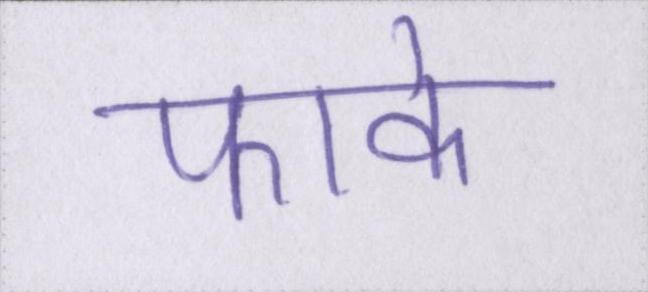
फाके